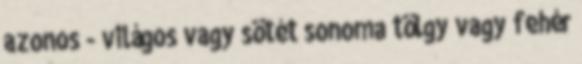
azonos - világos vagy sötét sonoma tölgy vagy fehér